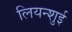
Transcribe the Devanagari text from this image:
लियन्शुई